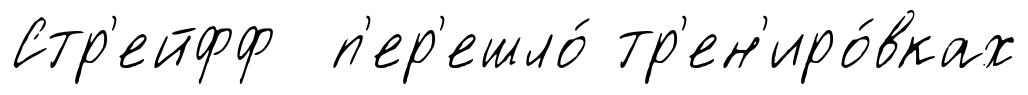
Стр'ейфф п'ер'ешло́ тр'ен'иро́вках